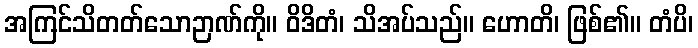
အကြင်သိတတ်သောဉာဏ်ကို။ ဝိဒိတံ၊ သိအပ်သည်။ ဟောတိ၊ ဖြစ်၏။ တံပိ၊